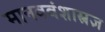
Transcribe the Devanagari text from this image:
मानववंशास्त्रज्ञ